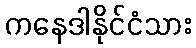
ကနေဒါနိုင်ငံသား